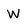
Character: W